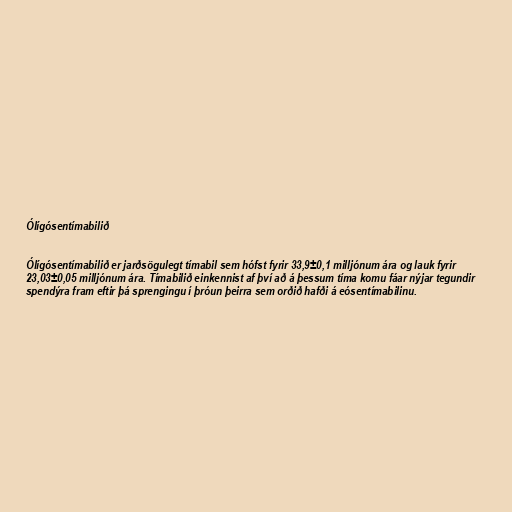
Ólígósentímabilið

Ólígósentímabilið er jarðsögulegt tímabil sem hófst fyrir 33,9±0,1 milljónum ára og lauk fyrir
23,03±0,05 milljónum ára. Tímabilið einkennist af því að á þessum tíma komu fáar nýjar tegundir
spendýra fram eftir þá sprengingu í þróun þeirra sem orðið hafði á eósentímabilinu.